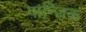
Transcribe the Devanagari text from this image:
पान्जिक